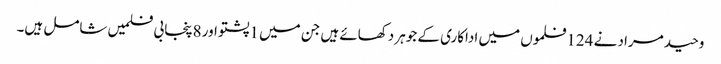
وحید مراد نے 124فلموں میں اداکاری کے جوہر دکھائے ہیں جن میں 1پشتو اور 8پنجابی فلمیں شامل ہیں۔